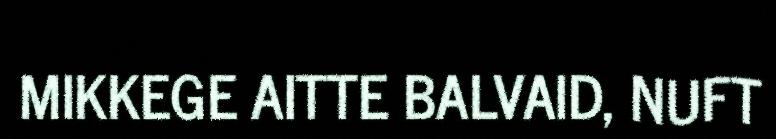
MIKKEGE AITTE BALVAID, NUFT